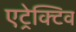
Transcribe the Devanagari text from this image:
एट्रेक्टिव